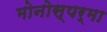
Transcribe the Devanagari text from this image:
मोनोस्पर्मा